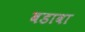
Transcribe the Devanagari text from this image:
बडावा